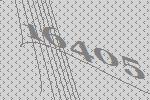
16405